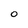
Character: 0